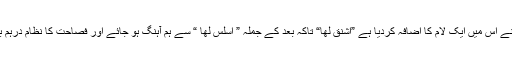
لیکن امیرالمومنین نے اس میں ایک لام کا اضافہ کردیا ہے ”اشنق لھا“ تاکہ بعد کے جملہ ” اسلس لھا “ سے ہم آہنگ ہو جائے اور فصاحت کا نظام درہم برہم نہ ہونے پائے۔